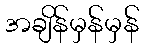
အချိန်မှန်မှန်